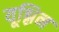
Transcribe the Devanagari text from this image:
यूश्लिन